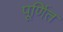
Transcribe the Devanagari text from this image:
पूर्णित